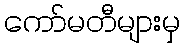
ကော်မတီများမှ